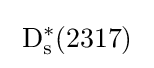
\;\mathrm {D} _{\mathrm {s} }^{*}(2317)\;